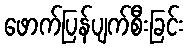
ဖောက်ပြန်ပျက်စီးခြင်း